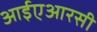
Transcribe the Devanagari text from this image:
आईएआरसी